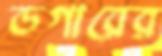
ডগারের